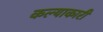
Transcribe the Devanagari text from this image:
कल्याकारी